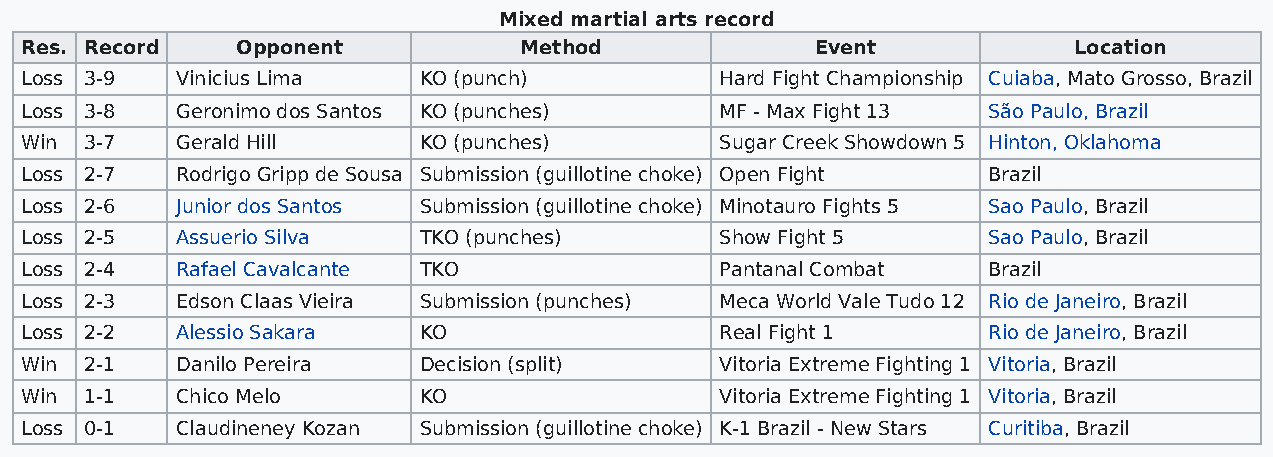
Mixed martial arts record
 Res. Record    Opponent          Method              Event            Location
 Loss 3-9   Vinicius Lima   KO (punch)          Hard Fight Championship Cuiaba, Mato Grosso, Brazil
 Loss 3-8   Geronimo dos Santos KO (punches)    MF - Max Fight 13 São Paulo, Brazil
 Win  3-7   Gerald Hill     KO (punches)        Sugar Creek Showdown 5 Hinton, Oklahoma
 Loss 2-7   Rodrigo Gripp de Sousa Submission (guillotine choke) Open Fight Brazil
 Loss 2-6   Junior dos Santos Submission (guillotine choke) Minotauro Fights 5 Sao Paulo, Brazil
 Loss 2-5   Assuerio Silva  TKO (punches)       Show Fight 5     Sao Paulo, Brazil
 Loss 2-4   Rafael Cavalcante TKO               Pantanal Combat  Brazil
 Loss 2-3   Edson Claas Vieira Submission (punches) Meca World Vale Tudo 12 Rio de Janeiro, Brazil
 Loss 2-2   Alessio Sakara  KO                  Real Fight 1     Rio de Janeiro, Brazil
 Win  2-1   Danilo Pereira  Decision (split)    Vitoria Extreme Fighting 1 Vitoria, Brazil
 Win  1-1   Chico Melo      KO                  Vitoria Extreme Fighting 1 Vitoria, Brazil
 Loss 0-1   Claudineney Kozan Submission (guillotine choke) K-1 Brazil - New Stars Curitiba, Brazil